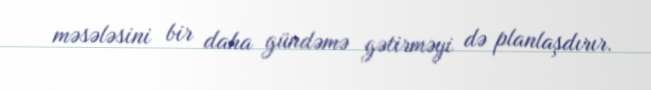
məsələsini bir daha gündəmə gətirməyi də planlaşdırır.